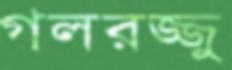
গলরজ্জু